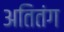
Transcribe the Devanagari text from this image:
अतितंग